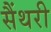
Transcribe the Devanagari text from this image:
सैंथरी